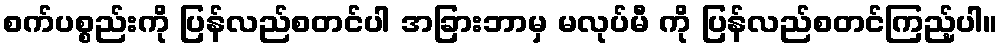
စက်ပစ္စည်းကို ပြန်လည်စတင်ပါ အခြားဘာမှ မလုပ်မီ ကို ပြန်လည်စတင်ကြည့်ပါ။